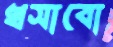
খসাবো